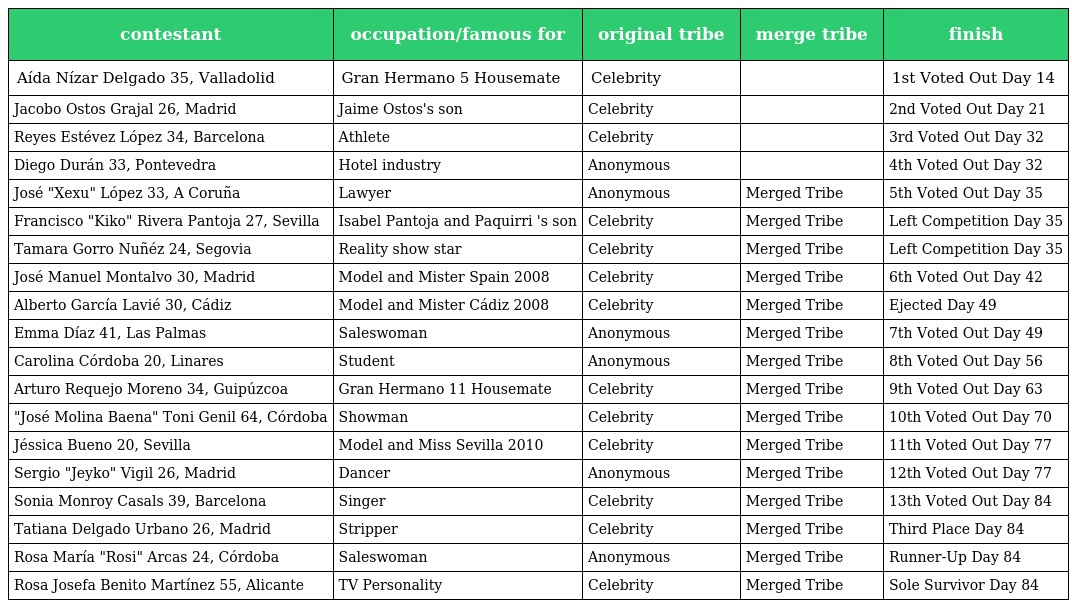
| contestant | occupation/famous for | original tribe | merge tribe | finish |
 | --- | --- | --- | --- | --- |
 | Aída Nízar Delgado 35, Valladolid | Gran Hermano 5 Housemate | Celebrity |  | 1st Voted Out Day 14 |
 | Jacobo Ostos Grajal 26, Madrid | Jaime Ostos's son | Celebrity |  | 2nd Voted Out Day 21 |
 | Reyes Estévez López 34, Barcelona | Athlete | Celebrity |  | 3rd Voted Out Day 32 |
 | Diego Durán 33, Pontevedra | Hotel industry | Anonymous |  | 4th Voted Out Day 32 |
 | José "Xexu" López 33, A Coruña | Lawyer | Anonymous | Merged Tribe | 5th Voted Out Day 35 |
 | Francisco "Kiko" Rivera Pantoja 27, Sevilla | Isabel Pantoja and Paquirri 's son | Celebrity | Merged Tribe | Left Competition Day 35 |
 | Tamara Gorro Nuñéz 24, Segovia | Reality show star | Celebrity | Merged Tribe | Left Competition Day 35 |
 | José Manuel Montalvo 30, Madrid | Model and Mister Spain 2008 | Celebrity | Merged Tribe | 6th Voted Out Day 42 |
 | Alberto García Lavié 30, Cádiz | Model and Mister Cádiz 2008 | Celebrity | Merged Tribe | Ejected Day 49 |
 | Emma Díaz 41, Las Palmas | Saleswoman | Anonymous | Merged Tribe | 7th Voted Out Day 49 |
 | Carolina Córdoba 20, Linares | Student | Anonymous | Merged Tribe | 8th Voted Out Day 56 |
 | Arturo Requejo Moreno 34, Guipúzcoa | Gran Hermano 11 Housemate | Celebrity | Merged Tribe | 9th Voted Out Day 63 |
 | "José Molina Baena" Toni Genil 64, Córdoba | Showman | Celebrity | Merged Tribe | 10th Voted Out Day 70 |
 | Jéssica Bueno 20, Sevilla | Model and Miss Sevilla 2010 | Celebrity | Merged Tribe | 11th Voted Out Day 77 |
 | Sergio "Jeyko" Vigil 26, Madrid | Dancer | Anonymous | Merged Tribe | 12th Voted Out Day 77 |
 | Sonia Monroy Casals 39, Barcelona | Singer | Celebrity | Merged Tribe | 13th Voted Out Day 84 |
 | Tatiana Delgado Urbano 26, Madrid | Stripper | Celebrity | Merged Tribe | Third Place Day 84 |
 | Rosa María "Rosi" Arcas 24, Córdoba | Saleswoman | Anonymous | Merged Tribe | Runner-Up Day 84 |
 | Rosa Josefa Benito Martínez 55, Alicante | TV Personality | Celebrity | Merged Tribe | Sole Survivor Day 84 |